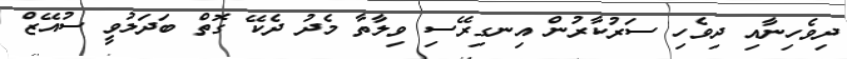
ދިވެހިނާއި ދިވެހި ސަރުކާރުން އިނގިރޭސި ވިލާތާ މެދު ދެކޭ ގޮތް ބަދަލުވީ ސުއޭޒް